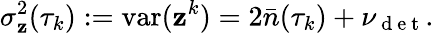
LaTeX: \sigma_{\mathbf{z}}^{2}(\tau_{k}):=\mathrm{{var}}(\mathbf{z}^{k})=2\bar{{n}}(\tau_{k})+\nu_{\mathrm{{~d~e~t~}}}.